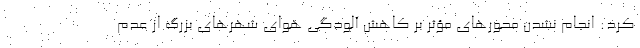
کرد: ‌انجام نشدن محورهای مؤثر بر کاهش آلودگی هوای شهرهای بزرگ از عدم